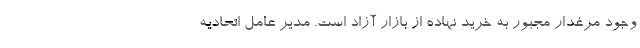
وجود مرغدار مجبور به خرید نهاده از بازار آزاد است. مدیر عامل اتحادیه